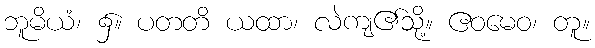
ဘူမိယံ၊ ၌။ ပတတိ ယထာ၊ လဲကျ၏သို့။ ဧဝမေဝ၊ တူ။